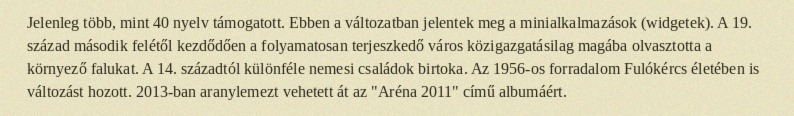
Jelenleg több, mint 40 nyelv támogatott. Ebben a változatban jelentek meg a minialkalmazások (widgetek). A 19. század második felétől kezdődően a folyamatosan terjeszkedő város közigazgatásilag magába olvasztotta a környező falukat. A 14. századtól különféle nemesi családok birtoka. Az 1956-os forradalom Fulókércs életében is változást hozott. 2013-ban aranylemezt vehetett át az "Aréna 2011" című albumáért.